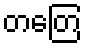
တတြေ